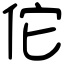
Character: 佗